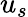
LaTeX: u_{s}